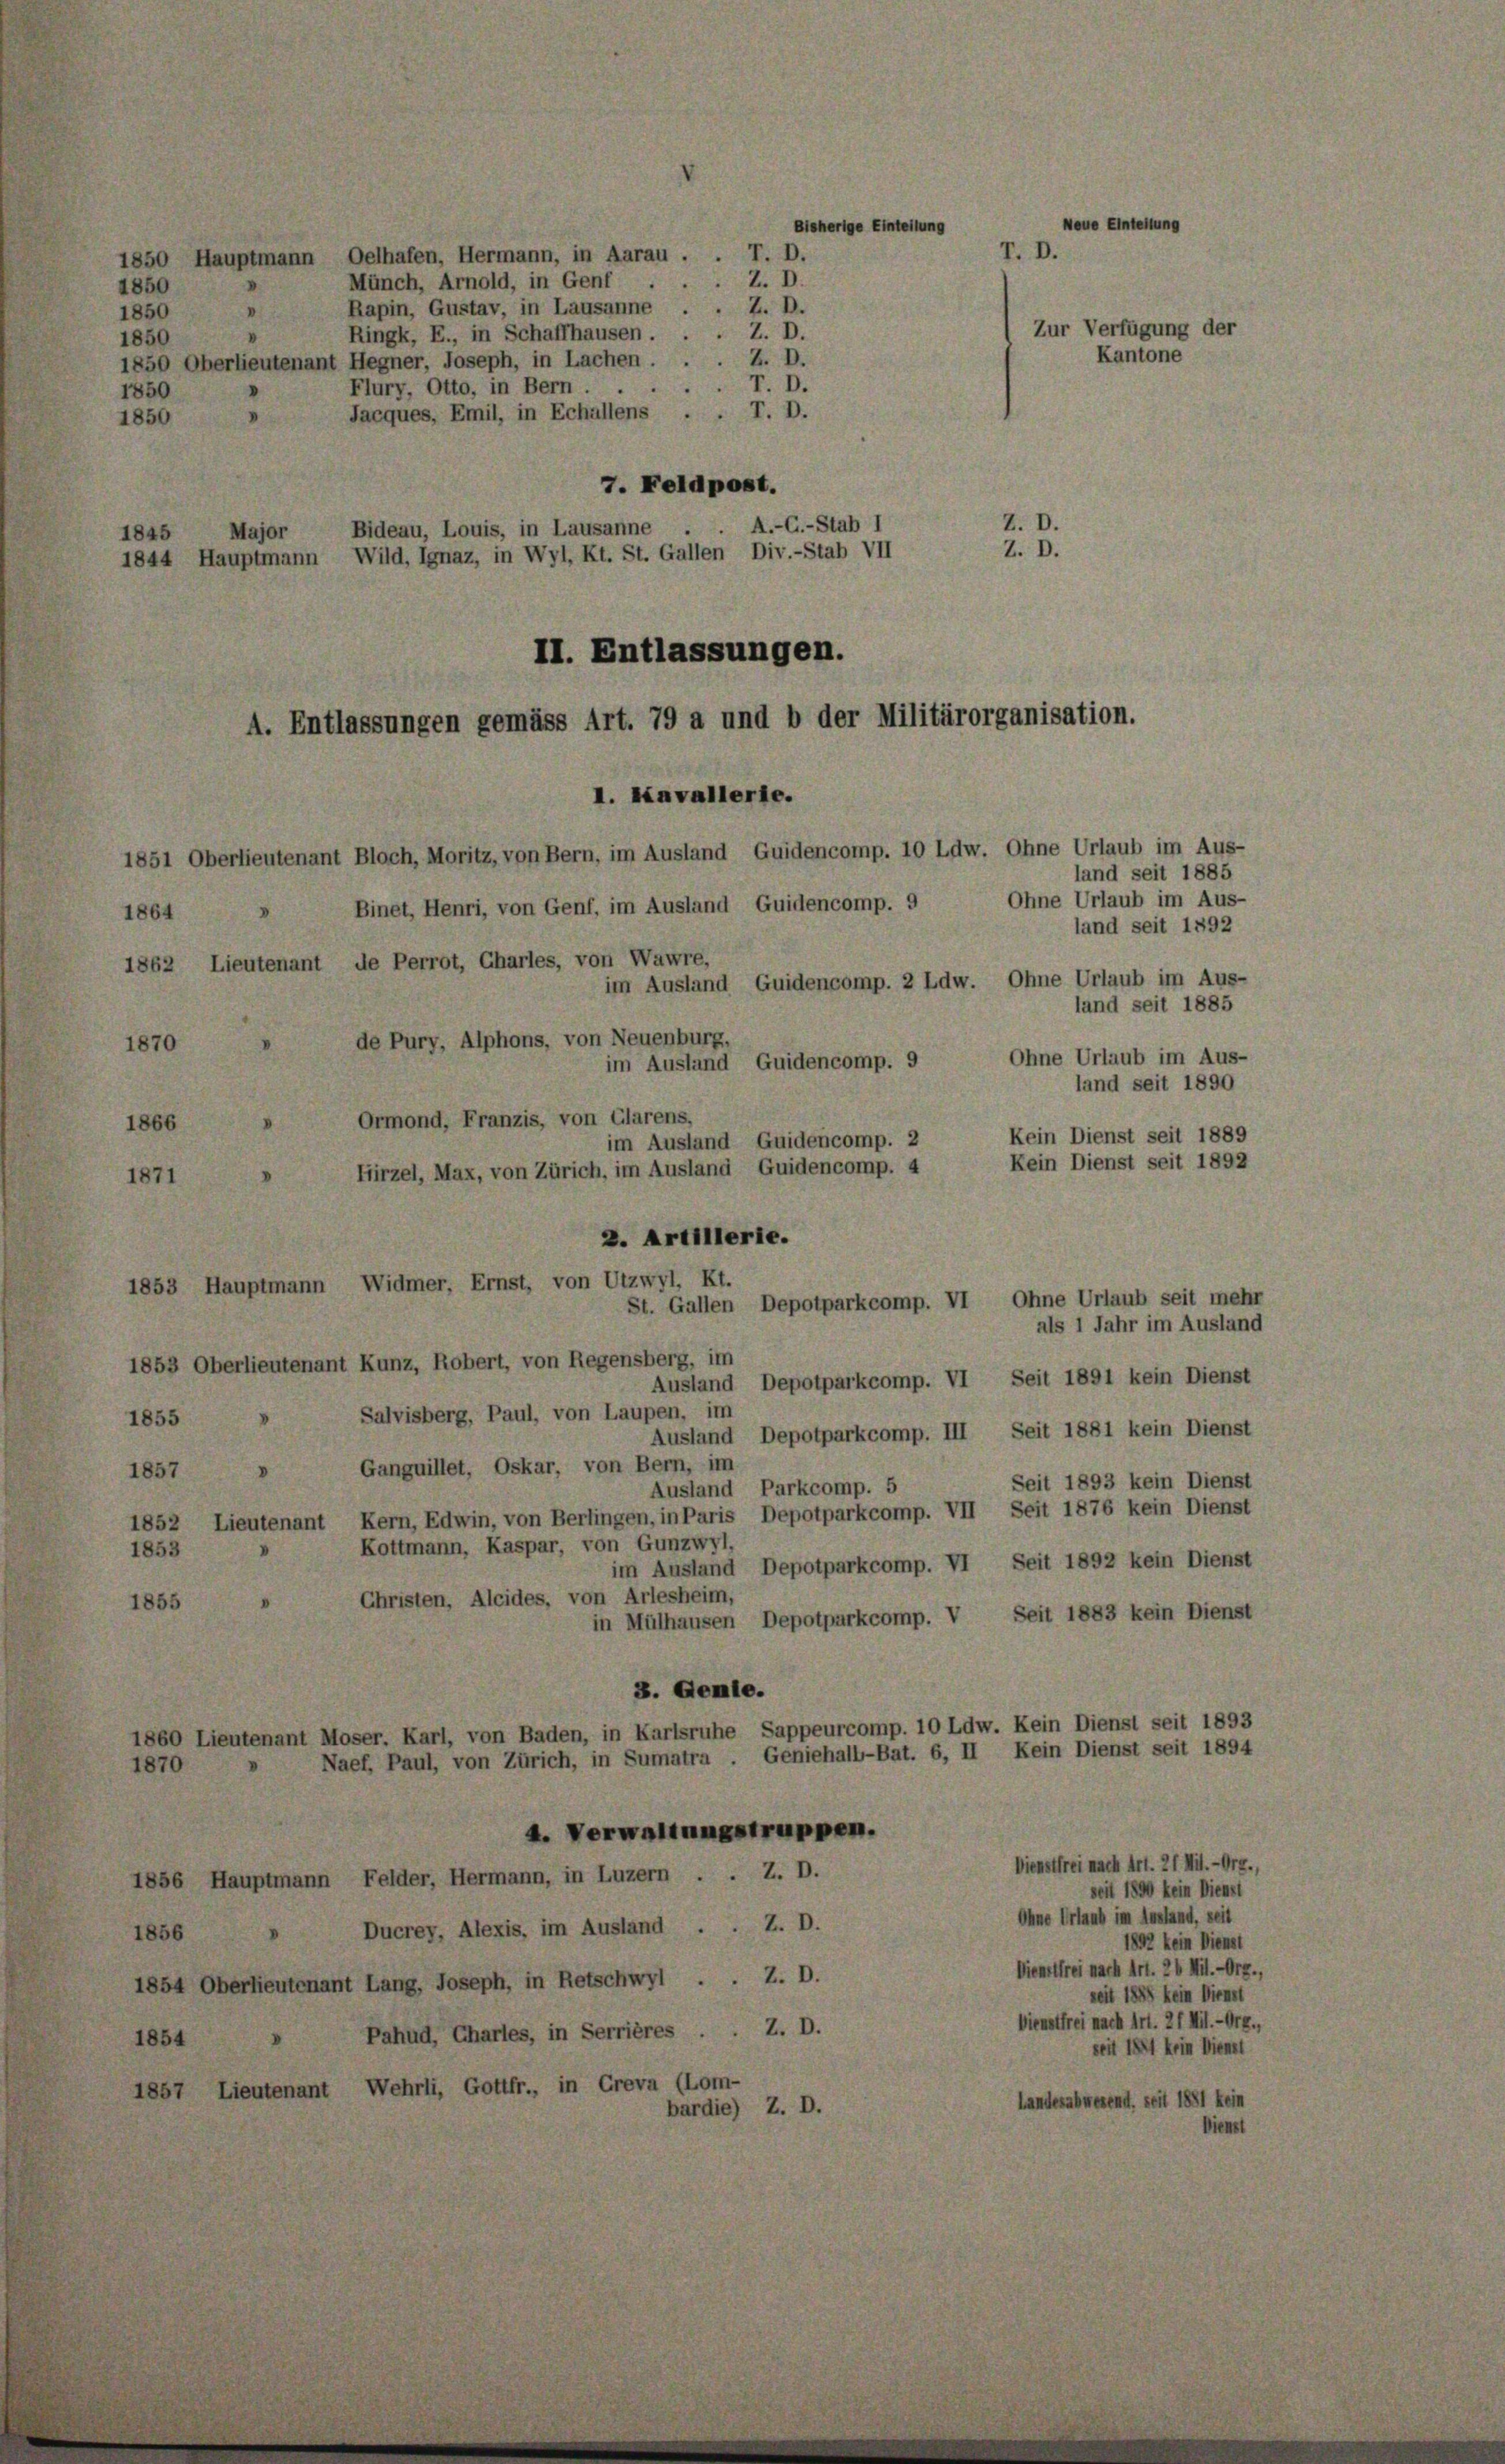
1850 Hauptmann Oelhafen, Hermann, in Aarau .
Z. D.
Münch, Arnold, in Genf
.
1850
Rapin, Gustav, in Lausanne . . Z. D.
1850
Z. D.
Ringk, E., in Schaffhausen . .
1850
1850 Oberlieutenant Hegner, Joseph, in Lachen . . . Z. D.
T. D.
Flury, Otto, in Bern . .
1850
Jacques, Emil, in Echallens . . T. D.
1850
7. Feldpost.
Z. D.
A.-C.-Stab I
1845 Major Bideau, Louis, in Lausanne
Z. D.
1844 Hauptmann Wild, Ignaz, in Wyl, Kt. St. Gallen Div.-Stab VII
II. Entlassungen.
A. Entlassungen gemäss Art. 79 a und b der Militärorganisation.
I. Einvallerie.
1851 Oberlieutenant Bloch, Moritz, von Bern, im Ausland Guidencomp. 10 Ldw. Ohne Urlaub im Aus-
land seit 1885
Ohne Urlaub im Aus-
Binet, Henri, von Genf, im Ausland Guidencomp. 9
1864
land seit 1892
1862 Lieutenant de Perrot, Charles, von Wawre,
im Ausland Guidencomp. 2 Ldw. Ohne Urlaub im Aus-
land seit 1885
de Pury, Alphons, von Neuenburg,
Ohne Urlaub im Aus-
im Ausland Guidencomp. 9
land seit 1890
Ormond, Franzis, von Glarus,
1866
Kein Dienst seit 1889
im Ausland Guidencomp. 2
Kein Dienst seit 1892
Hirzel, Max, von Zürich, im Ausland Guidencomp. 4
2. Artillerie.
1853 Hauptmann Widmer, Ernst, von Utzwyl, Kt.
St. Gallen Depotparkcomp. VI Ohne Urlaub seit mehr
als 1 Jahr im Ausland
1853 Oberlieutenant Kunz, Robert, von Regensberg, im
Ausland Depotparkcomp. VI Seit 1891 kein Dienst
Salvisberg, Paul, von Laupen, im
1855
Ausland Depotparkcomp. III Seit 1881 kein Dienst
Ganguillet, Oskar, von Bern, im
1857
Seit 1893 kein Dienst
Ausland Parkcomp. 5
1852 Lieutenant Kern, Edwin, von Berlingen, in Paris Depotparkcomp. VII Seit 1876 kein Dienst
Kottmann, Kaspar, von Gunzwyl,
1853
im Ausland Depotparkcomp. VI Seit 1892 kein Dienst
Christen, Aleides, von Arlesheim,
1855
in Mülhausen Depotparkcomp. V Seit 1883 kein Dienst
3. Gemie.
1860 Lieutenant Moser. Karl, von Baden, in Karlsruhe Sappeurcomp. 10 Ldw. Kein Dienst seit 1893
Naef, Paul, von Zürich, in Sumatra . Geniehall-Bat. 6, II Kein Dienst seit 1894
1870
A. Verwaltungstruppen.
Dienstfrei nach Art. 21 Mi.-Org.
1856 Hauptmann Felder, Hermann, in Luzern . . Z. D.
seit 1890 kein Dienst
Ohne Urlaub im Ausland, seit
Ducrey, Alexis, im Ausland . . Z. D.
1856
1892 kein Dienst
Dienstfrei nach Art. 26 Mi.-Org.
1854 Oberlieutenant Lang, Joseph, in Retschwyl . . Z. D.
seit 1889 kein Dienst
Dienstfrei nach Art. 21 Mil.-Org.,
Pahud, Charles, in Serrières . . Z. D.
1854
pril 1841 krin Dienst
1857 Lieutenant Wehrli, Gottfr., in Creva (Lom-
Landesabwesend seit 1881 kein
bardie) Z. D.
Dienst

187

r. D.

7.

Zur Verfügung der

Kantone